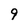
Character: 9